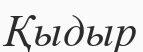
Қыдыр